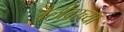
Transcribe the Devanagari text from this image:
वेलीवरच्या